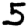
Digit: 5